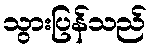
သွားပြန်သည်